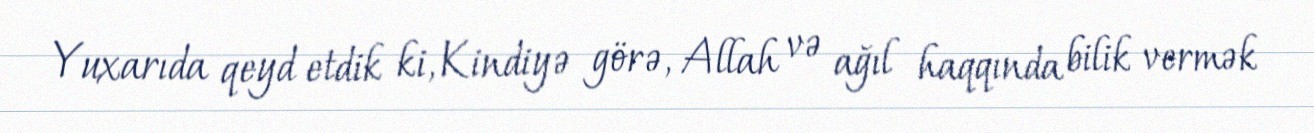
Yuxarıda qeyd etdik ki, Kindiyə görə, Allah və ağıl haqqında bilik vermək